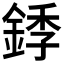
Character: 𬫥